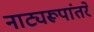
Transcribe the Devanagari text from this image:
नाट्यरूपांतरे